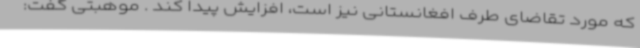
که مورد تقاضای طرف افغانستانی نیز است، افزایش پیدا کند . موهبتی گفت: